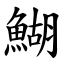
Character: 鰗